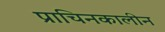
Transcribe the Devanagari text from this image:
प्राचिनकालीन